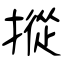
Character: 摐